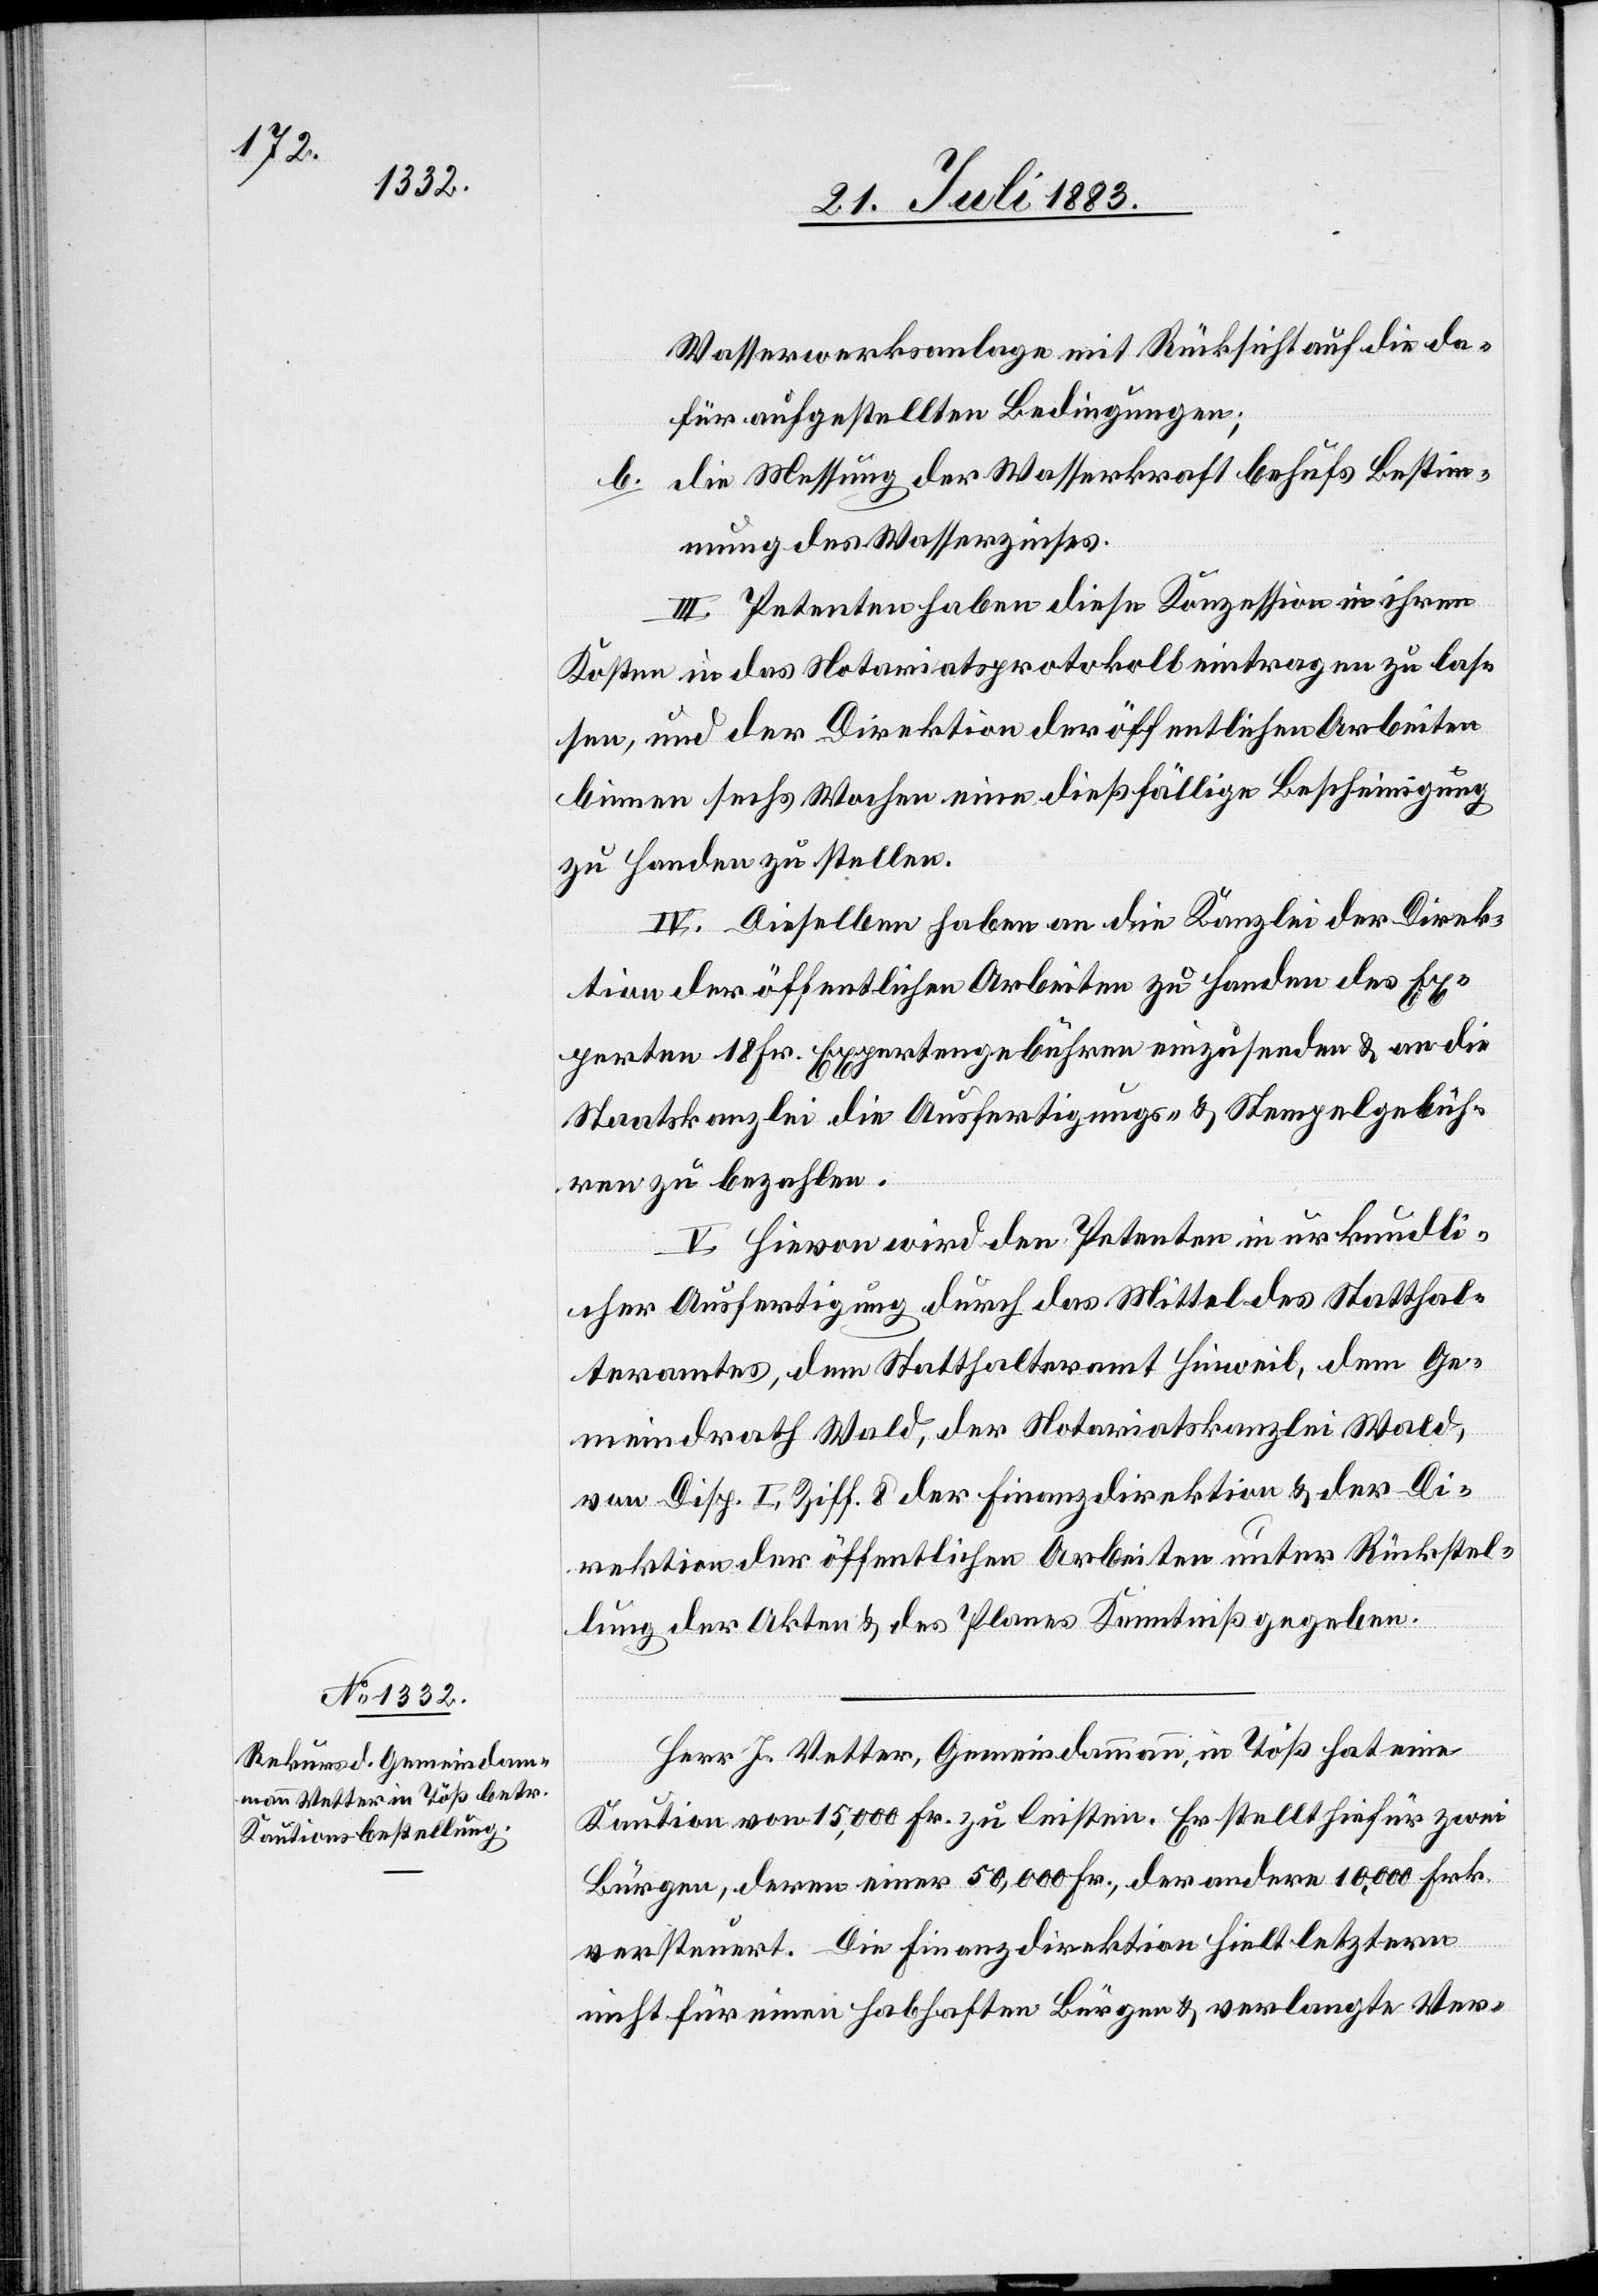
Wasserwerksanlage mit Rücksicht auf die da¬
für aufgestellten Bedingungen.
b. die Messung der Wasserkraft behufs Bestimm¬
ung des Wasserzinses.
III. Petenten haben diese Konzession in ihren
Kosten in das Notariatsprotokoll eintragen zu las¬
sen, und der Direktion der öffentlichen Arbeiten
binnen sechs Wochen eine dießfällige Bescheinigung
zu Handen zu stellen.
IV. Dieselben haben an die Kanzlei der Direk¬
tion der öffentlichen Arbeiten zu Handen des Ex¬
perten 18 Fr. Expertengebühren einzusenden & an die
Staatskanzlei die Ausfertigungs- & Stempelgebüh¬
ren zu bezahlen.
V. Hievon wird den Petenten in urkundli¬
cher Ausfertigung durch das Mittel des Statthal¬
teramtes, dem Statthalteramt Hinweil, dem Ge¬
meindrath Wald, der Notariatskanzlei Wald,
von Disp. I, Ziff. 8 der Finanzdirektion & der Di¬
rektion der öffentlichen Arbeiten unter Rückstel¬
lung der Akten & des Planes Kenntniß gegeben.
Herr J. Vetter, Gemeindammann, in Töß hat eine
Kaution von 15,000 Fr. zu leisten. Er stellt hiefür zwei
Bürgen, deren einer 50,000 Fr., der andere 10,000 Fr.
versteuert. Die Finanzdirektion hielt letztern
nicht für einen habhaften Bürgen & verlangte Ver-